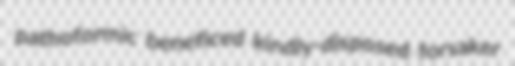
pathoformic beneficed kindly-disposed forsaker